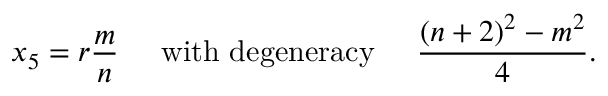
x _ { 5 } = r \frac { m } { n } \; \; \; \; \; \mathrm { w i t h \ d e g e n e r a c y } \; \; \; \; \; \frac { ( n + 2 ) ^ { 2 } - m ^ { 2 } } { 4 } .